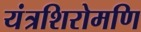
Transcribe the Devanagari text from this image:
यंत्रशिरोमणि